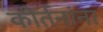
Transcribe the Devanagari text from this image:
कीर्तनांना